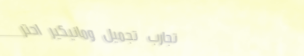
تجارب تجميل ومانيكير احتر